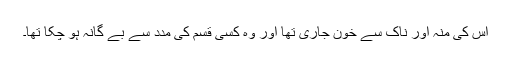
اس کی منہ اور ناک سے خون جاری تھا اور وہ کسی قسم کی مدد سے بے گانہ ہو چکا تھا۔